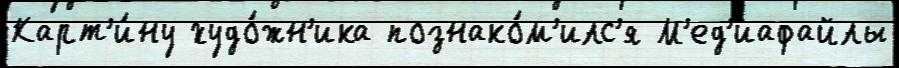
Карт'и́ну худо́жн'ика познако́м'илс'я М'ед'иафайлы